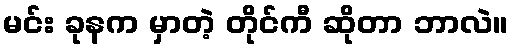
မင်း ခုနက မှာတဲ့ တိုင်ကီ ဆိုတာ ဘာလဲ။